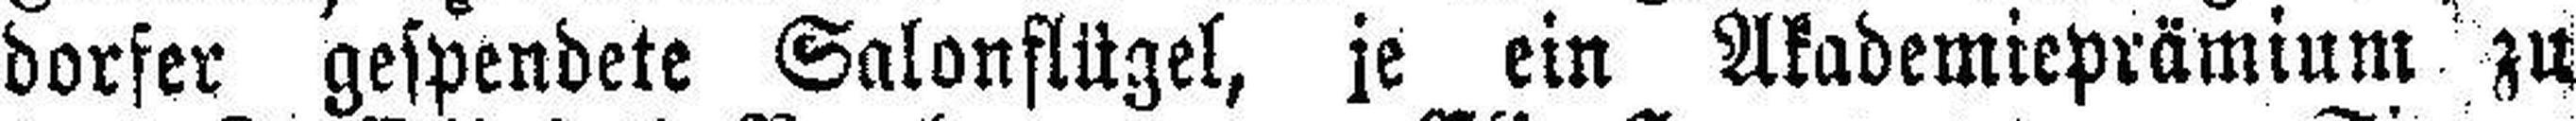
dorfer gespendete Salonflügel, je ein Akademieprämium zu